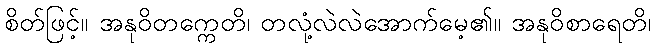
စိတ်ဖြင့်။ အနုဝိတက္ကေတိ၊ တလုံ့လဲလဲအောက်မေ့၏။ အနုဝိစာရေတိ၊